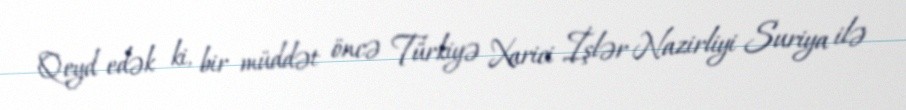
Qeyd edək ki, bir müddət öncə Türkiyə Xarici İşlər Nazirliyi Suriya ilə